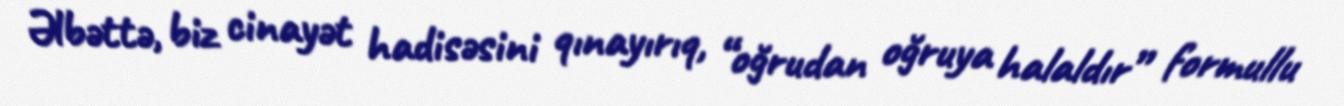
Əlbəttə, biz cinayət hadisəsini qınayırıq, “oğrudan oğruya halaldır” formullu